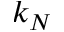
k _ { N }